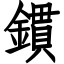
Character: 鏆